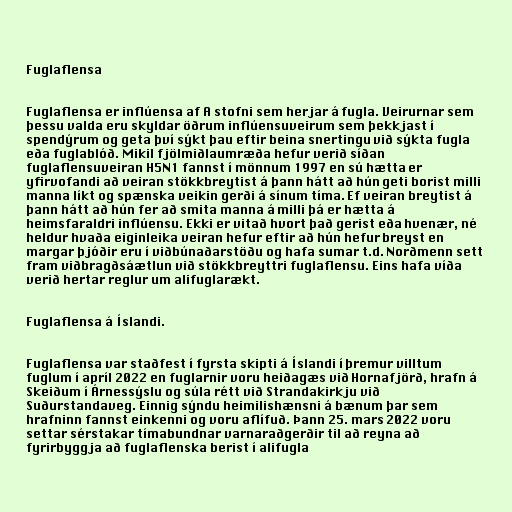
Fuglaflensa

Fuglaflensa er inflúensa af A stofni sem herjar á fugla. Veirurnar sem
þessu valda eru skyldar öðrum inflúensuveirum sem þekkjast í
spendýrum og geta því sýkt þau eftir beina snertingu við sýkta fugla
eða fuglablóð. Mikil fjölmiðlaumræða hefur verið síðan
fuglaflensuveiran H5N1 fannst í mönnum 1997 en sú hætta er
yfirvofandi að veiran stökkbreytist á þann hátt að hún geti borist milli
manna líkt og spænska veikin gerði á sínum tíma. Ef veiran breytist á
þann hátt að hún fer að smita manna á milli þá er hætta á
heimsfaraldri inflúensu. Ekki er vitað hvort það gerist eða hvenær, né
heldur hvaða eiginleika veiran hefur eftir að hún hefur breyst en
margar þjóðir eru í viðbúnaðarstöðu og hafa sumar t.d. Norðmenn sett
fram viðbragðsáætlun við stökkbreyttri fuglaflensu. Eins hafa víða
verið hertar reglur um alifuglarækt.

Fuglaflensa á Íslandi.

Fuglaflensa var staðfest í fyrsta skipti á Íslandi í þremur villtum
fuglum í apríl 2022 en fuglarnir voru heiðagæs við Hornafjörð, hrafn á
Skeiðum í Árnessýslu og súla rétt við Strandakirkju við
Suðurstandaveg. Einnig sýndu heimilishænsni á bænum þar sem
hrafninn fannst einkenni og voru aflífuð. Þann 25. mars 2022 voru
settar sérstakar tímabundnar varnaraðgerðir til að reyna að
fyrirbyggja að fuglaflenska berist í alifugla